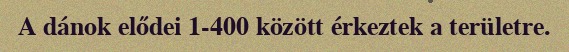
A dánok elődei 1-400 között érkeztek a területre.